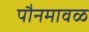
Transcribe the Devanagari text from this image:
पौनमावळ